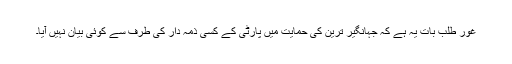
غور طلب بات یہ ہے کہ جہانگیر ترین کی حمایت میں پارٹی کے کسی ذمہ دار کی طرف سے کوئی بیان نہیں آیا۔